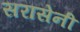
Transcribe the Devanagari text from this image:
सरासेनी